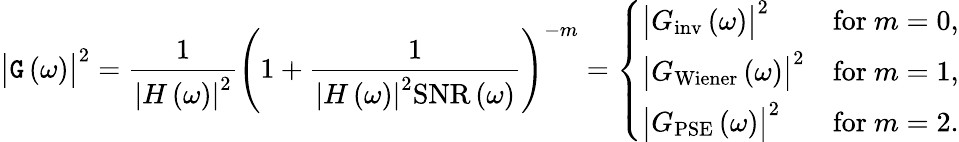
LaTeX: \bigl|\mathtt{G}\left(\omega\right)\bigr|^{2}=\frac{{1}}{{\left|H\left(\omega\right)\right|^{2}}}\left(1+\frac{{1}}{{\left|H\left(\omega\right)\right|^{2}\mathrm{{SNR}}\left(\omega\right)}}\right)^{-m}=\left\{ \begin{array}{ll}{\bigl|G_{\mathrm{inv}}\left(\omega\right)\bigr|^{2}}&{\mathrm{for~}m=0,}\\ {\bigl|G_{\mathrm{Wiener}}\left(\omega\right)\bigr|^{2}}&{\mathrm{for~}m=1,}\\ {\bigl|G_{\mathrm{PSE}}\left(\omega\right)\bigr|^{2}}&{\mathrm{for~}m=2.}\end{array}\right.